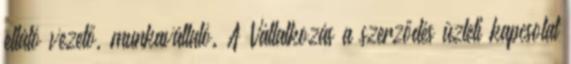
ellátó vezető, munkavállaló. A Vállalkozás a szerződés üzleti kapcsolat